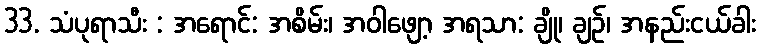
33. သံပုရာသီး : အရောင်: အစိမ်း၊ အဝါဖျော့ အရသာ: ချို၊ ချဉ်၊ အနည်းငယ်ခါး